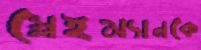
স্লেইম্যানকে